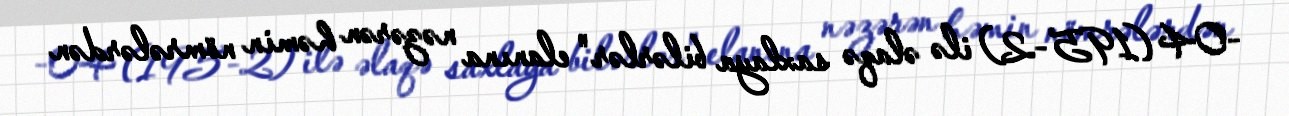
-04 (195-2) ilə əlaqə saxlaya bilərlər" elanına nəzərən həmin nömrələrdən